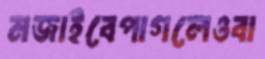
মজাইবেপাগলেওবা